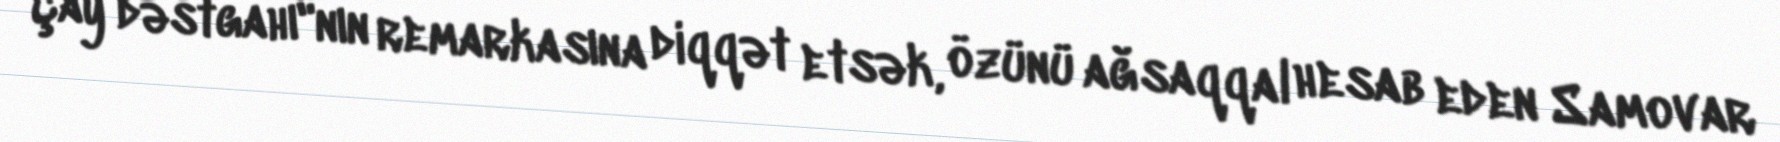
Çay dəstgahı"nın remarkasına diqqət etsək, özünü ağsaqqal hesab eden Samovar